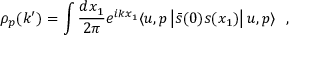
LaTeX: \rho _ { p } ( k ^ { \prime } ) = \int { \frac { d x _ { 1 } } { 2 \pi } } e ^ { i k x _ { 1 } } \langle u , p \left| \bar { s } ( 0 ) s ( x _ { 1 } ) \right| u , p \rangle \ \ ,